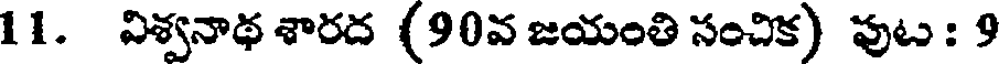
11. విశ్వనాథ శారద (90వ జయంతి సంచిక) పుట : 9